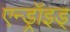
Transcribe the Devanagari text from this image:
एन्ड्रॉइड्